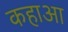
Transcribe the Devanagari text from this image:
कहाआ